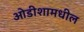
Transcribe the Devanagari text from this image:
ओडीशामधील